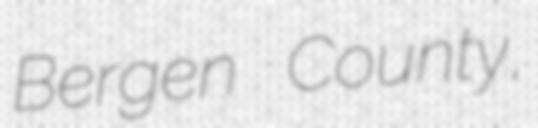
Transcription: Bergen County,